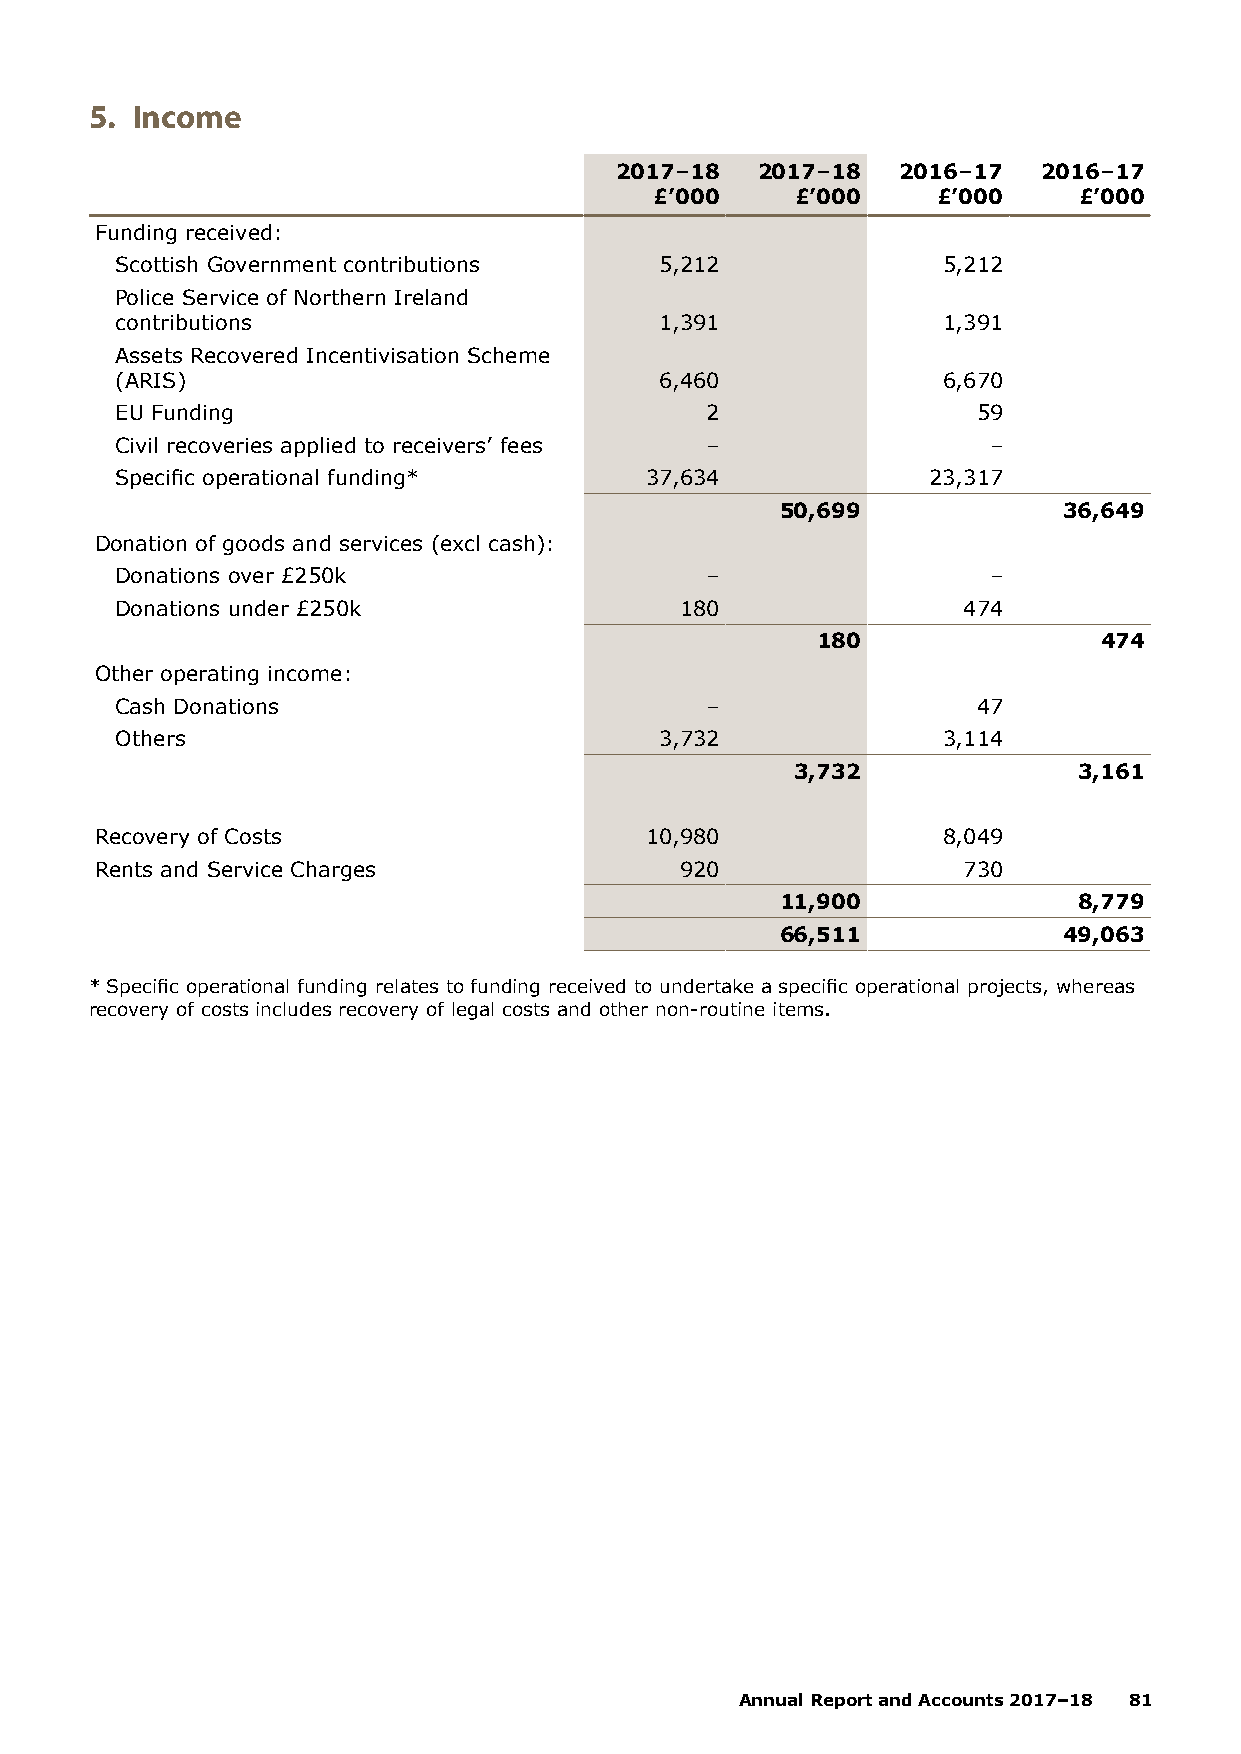
5. Income
 2017–18  2017–18   2016–17  2016–17
 £’000     £’000    £’000    £’000
 Funding received:
 Scottish Government contributions   5,212             5,212
 Police Service of Northern Ireland
 contributions                       1,391             1,391
 Assets Recovered Incentivisation Scheme
 (ARIS)                              6,460             6,670
 EU Funding                             2                 59
 Civil recoveries applied to receivers’ fees –            –
 Specific operational funding*      37,634            23,317
 50,699            36,649
 Donation of goods and services (excl cash):
 Donations over £250k                   –                 –
 Donations under £250k                180                474
 180                474
 Other operating income:
 Cash Donations                         –                 47
 Others                              3,732             3,114
 3,732             3,161
 Recovery of Costs                    10,980             8,049
 Rents and Service Charges              920                730
 11,900             8,779
 66,511            49,063
 * Specific operational funding relates to funding received to undertake a specific operational projects, whereas
 recovery of costs includes recovery of legal costs and other non-routine items.
 Annual Report and Accounts 2017–18 81